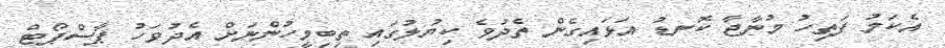
އެކަމު ފަތިހު މުނާޖާ ކޮނޑު އަޅައިގެން ތެދުވެ ކިޔުލުގައި ތިބިމީހުންނަށް އެދުވަހު ޕާސްޕޯޓް